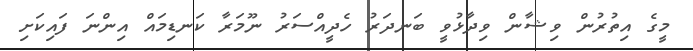
މީގެ އިތުރުން ވިޝާން ވިދާޅުވީ ބަނދަރު ހެދީއްސަރު ނޫމަރާ ކަނޑިމައް އިންނަ ފައިކަށި